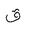
Letter: _qaf